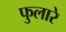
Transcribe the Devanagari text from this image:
फुलारे